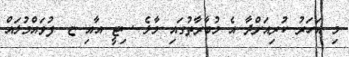
މި އަހަރު ކުރިއަށްދާ އެ މުބާރާތުގައި މާލެ ސިޓީ އާއި ޏ. ފުވައްމުލައް